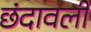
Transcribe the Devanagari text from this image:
छंदावली